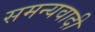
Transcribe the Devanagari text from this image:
समन्यवादी